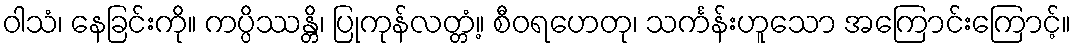
ဝါသံ၊ နေခြင်းကို။ ကပ္ပိဿန္တိ၊ ပြုကုန်လတ္တံ့။ စီဝရဟေတု၊ သင်္ကန်းဟူသော အကြောင်းကြောင့်။